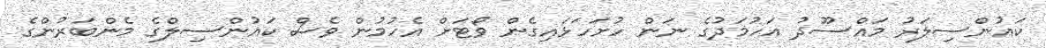
ކައުންސިލަރު މައްސޫދު އަހުމަދުގެ ނަން ހުށަހަޅައިގެން ވޯޓަށް އެހުމުން ވެސް ކައުންސިލްގެ މެންބަރުންގެ